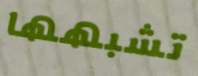
تشبهها